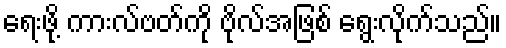
ရေးဖို့ ကားလ်ဗတ်ကို ဗိုလ်အဖြစ် ရွေးလိုက်သည်။